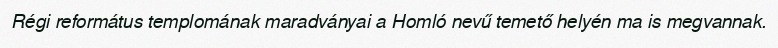
Régi református templomának maradványai a Homló nevű temető helyén ma is megvannak.